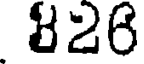
826